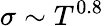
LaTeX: \sigma\sim T^{0.8}